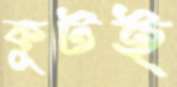
কুটই